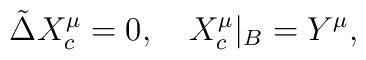
\tilde{\Delta}{X_c^{\mu}}=0,\quad{X_c^{\mu}}{|_{B}}={Y^{\mu}},